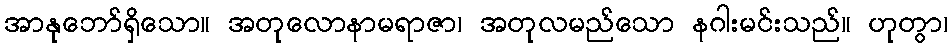
အာနုဘော်ရှိသော။ အတုလောနာမရာဇာ၊ အတုလမည်သော နဂါးမင်းသည်။ ဟုတွာ၊